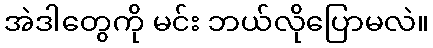
အဲဒါတွေကို မင်း ဘယ်လိုပြောမလဲ။